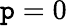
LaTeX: \mathtt{p}=0